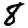
Digit: 8